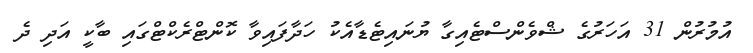
އުމުރުން 31 އަހަރުގެ ޝްވެންސްޓެއިގާ ޔުނައިޓެޑާއެކު ހަދާފައިވާ ކޮންޓްރެކްޓްގައި ބާކީ އަދި ދެ